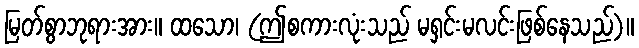
မြတ်စွာဘုရားအား။ ထသော၊ (ဤစကားလုံးသည် မရှင်းမလင်းဖြစ်နေသည်)။